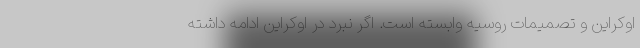
اوکراین و تصمیمات روسیه وابسته است. اگر نبرد در اوکراین ادامه داشته